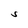
Character: S